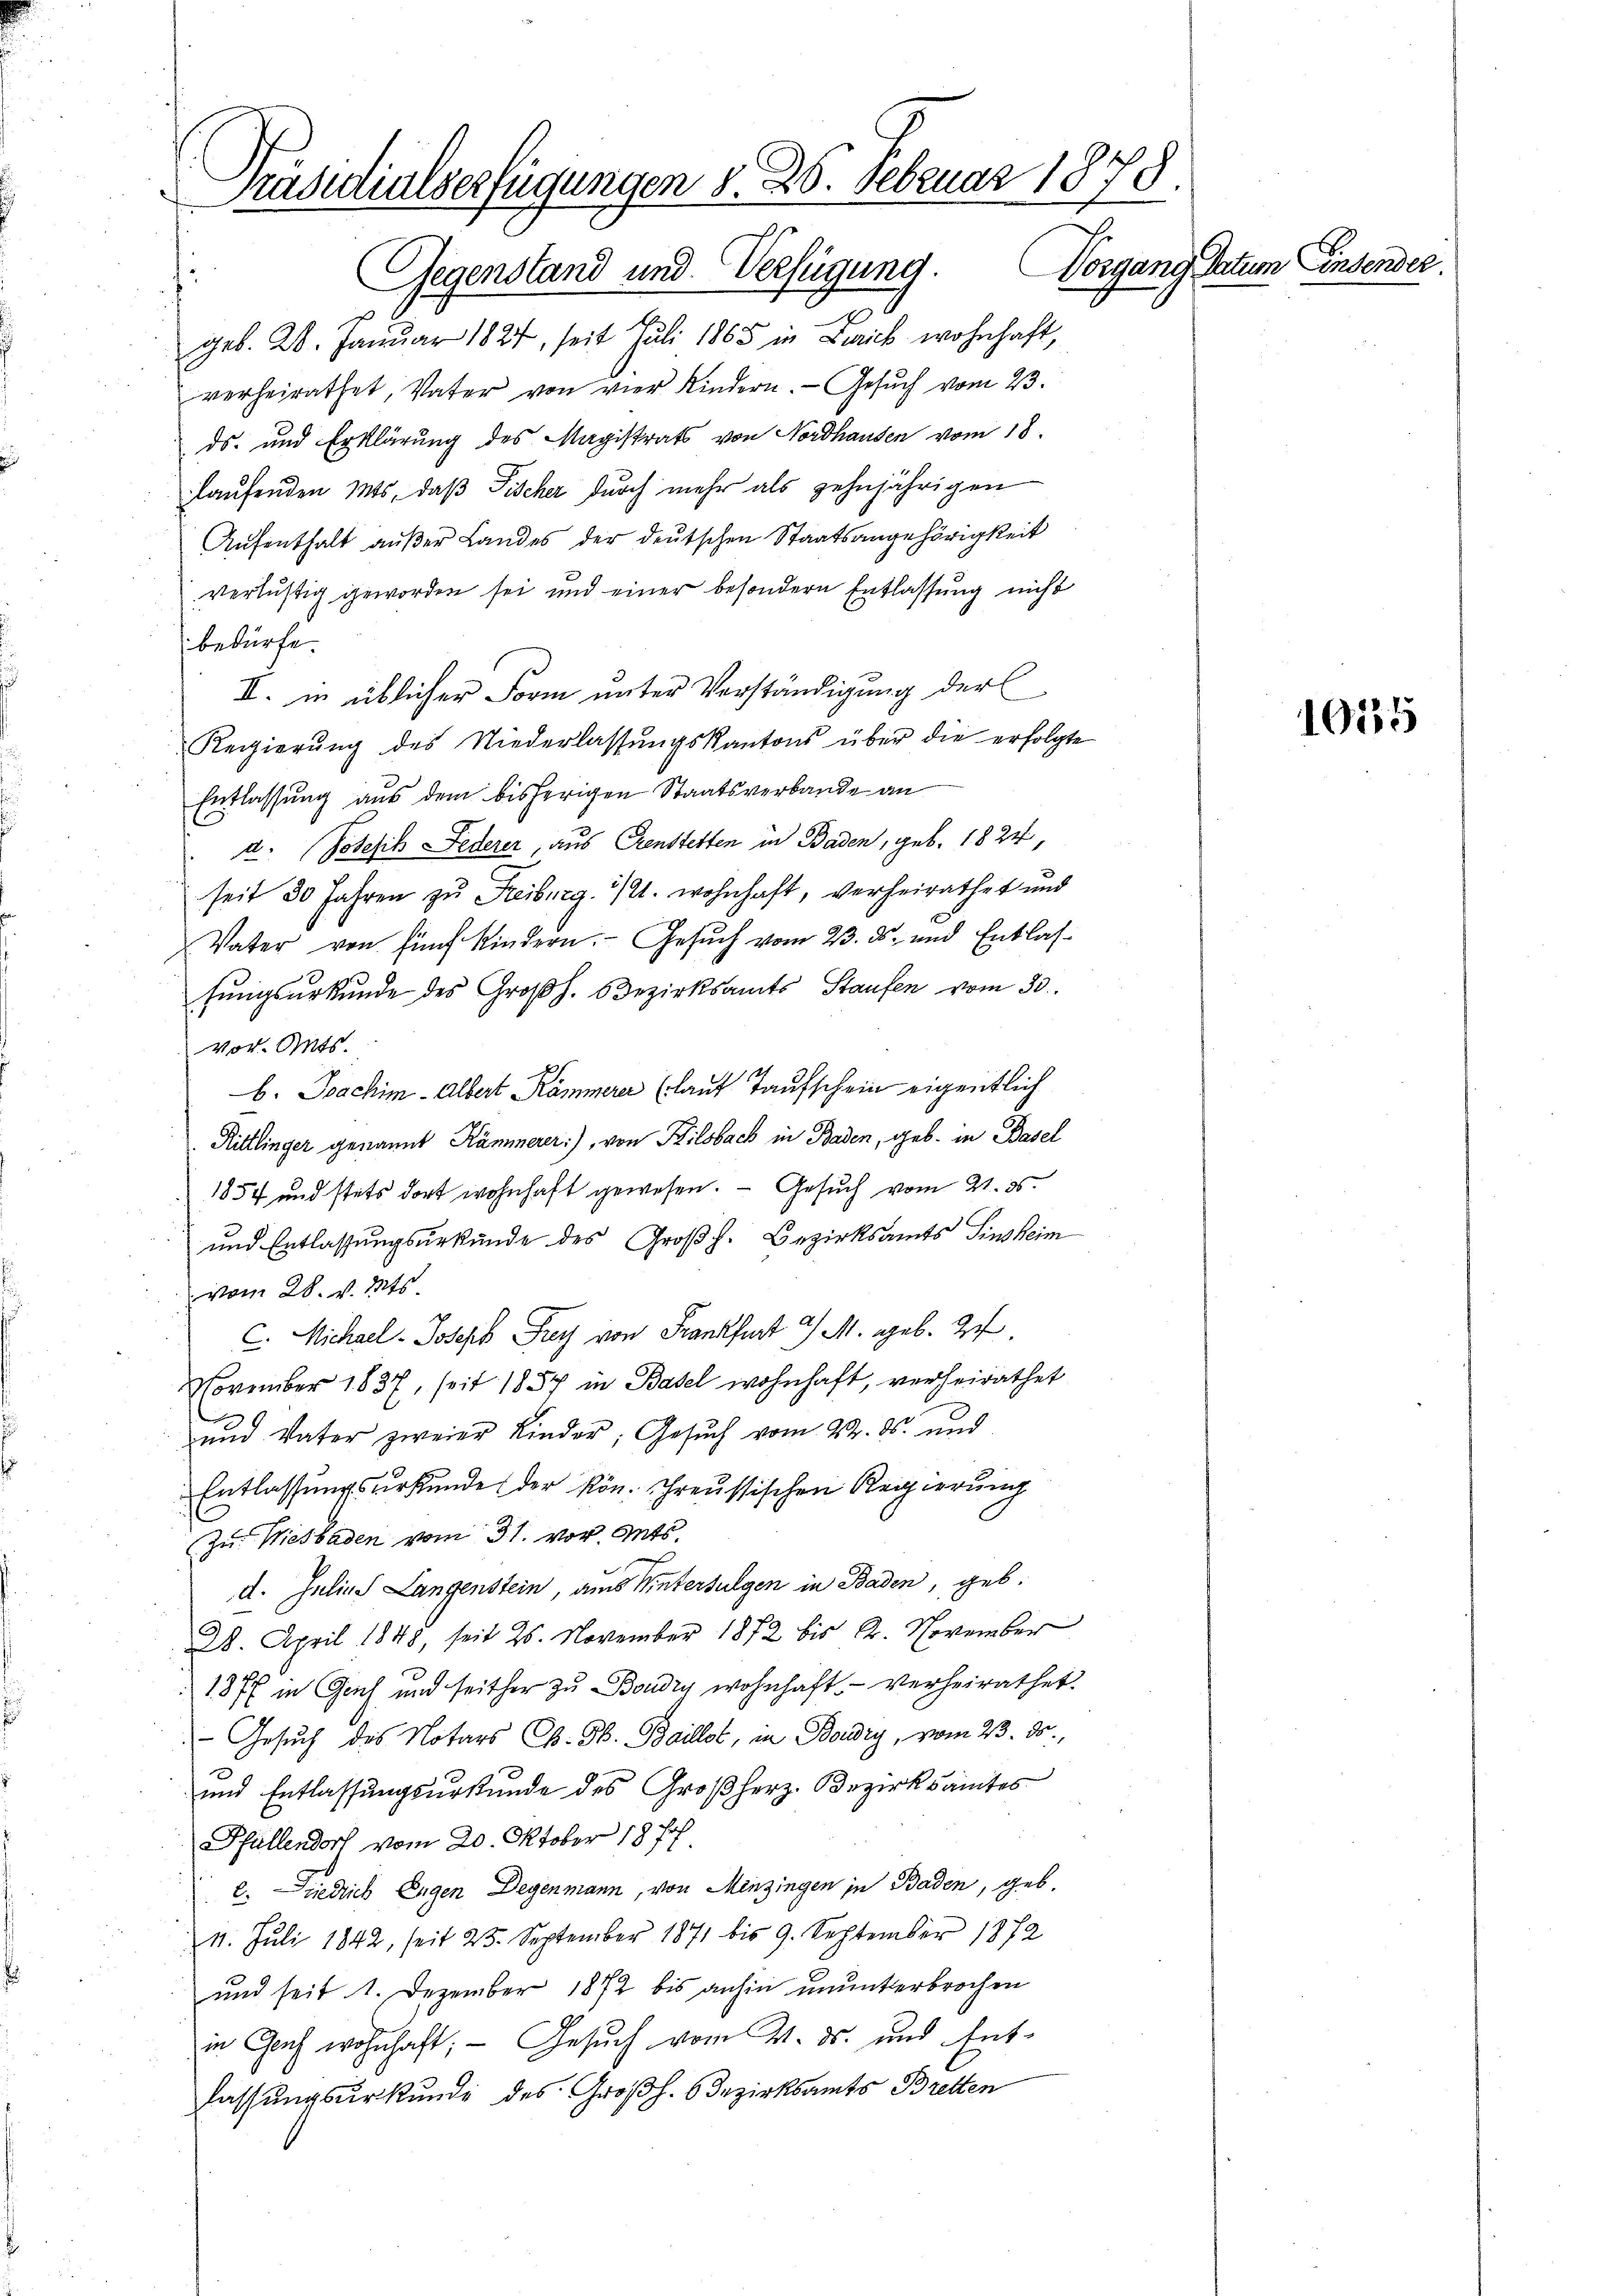
Prasertialserfügungen d. 28. Februar 1878.
Vorgang Datum Einsender
Gegenstand und Verfügung.

geb. 20. Januar 1824, seit Juli 1865 in Baick wohnhaft,
verheirathet, Vater von vier Kindern. Gesuch vom 23.
ds. und Erklärung des Magistrats von Nordhausen vom 18.
laufenden Mis, daß Fischer durch mehr als zehnjährigen
Aufenthalt außer Landes der deutschen Staatsangehörigkeit
verlustig geworden sei und einer besondern Entlassung nicht
bedürfe
II. in üblicher Form unter Verständigung der E
Regierŭng des Niederlassŭngskantons über die erfolgte
Entlassung aus dem bisherigen Staatsverbande an
2. Poesib Federer, aus Crenstetten in Baden, geb. 1824,
seit 30 Jahren zu Freiburg. 1/2. wohnhaft, verheirathet und
Vater von fünf Kindern. Gesuch vom 23. ds. und Entlasfungsurkunde des Großh. Bezirksamts Staufen vom 30.
vor. Mts.
b. Joachim - Albert Kämmere (laut Taufschein eigentlich
Kittlinger genannt Kämmerer:), von Pilsbach in Baden, geb. in Basel
1857 und stets dort wohnhaft gewesen. — Gesuch vom 21. 35.
und Entlassungsurkunde des Großh. Bezirksamts Sinsheim
vom 28. v. Mts
C. Michael Joseph Frey von Frankfurt 3 M. geb. Ich
November 1837, seit 1857 in Basel wohnhaft, verheirathet
und Vater zweier Kinder, Gesuch vom 22. ds. und
Entlassungsurkunde der kön. Schreussischen Regierung
Zu Wiesbaden vom 31. vor Guts
d. Julius Langenstein, aus Wintersulgen in Baden, geb.
28. April 1848, seit 26. November 1872 bis Dr. November
187 in Geich und seither zu Boudry wohnhaft, verheirathet.
- Gesuch des Notars Ch. S. Baillot, in Boudry, vom 23. ds.,
.
und Entlassungsurstunde des Großherz. Bezirksamtes
Pfallendorf vom 20. Oktober 187
2. Diedlich Eugen Degenmann, von Minzingen in Baden, geb.
11. Juli 1842, seit 25. September 1871 bis 9. September 1872
und seit 1. Dezember 1872 bis anhin ununterbrochen
in Genf wohnhaft; — Gesuch vom 4. ds. und Entlassungsurkunde des Großh. Bezirksamts Bretten

1055